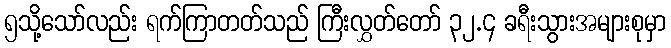
၅သို့သော်လည်း ရက်ကြာတတ်သည် ကြီးလွှတ်တော် ၃၂.၄ ခရီးသွားအများစုမှာ